Document type: Dowry
Year: 1238
Scribe: Berenguer Jaume
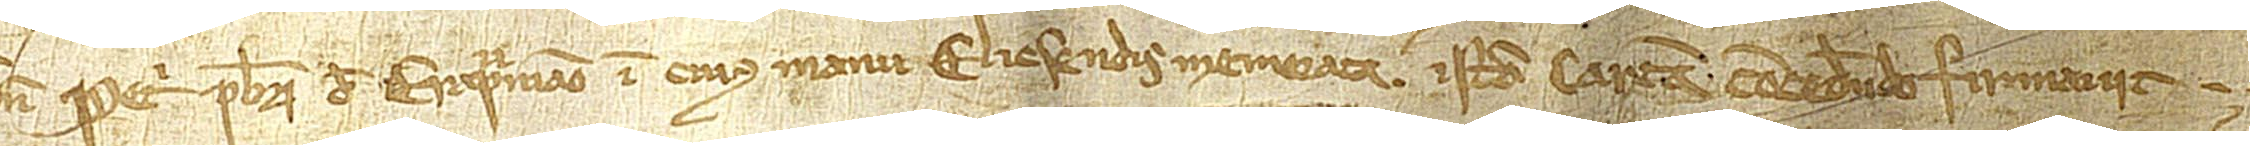
num Petri, presbiteri de Erapruniano, in cuius manu Elicsendis memorata istam cartam concedendo firmavit.